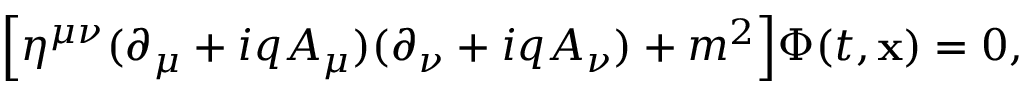
\Bigl [ \eta ^ { \mu \nu } ( \partial _ { \mu } + i q A _ { \mu } ) ( \partial _ { \nu } + i q A _ { \nu } ) + m ^ { 2 } \Bigr ] \Phi ( t , { \bf x } ) = 0 ,